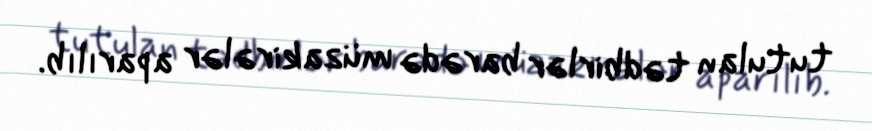
tutulan tədbirlər barədə müzakirələr aparılıb.